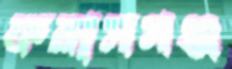
ফরাসগঞ্জ